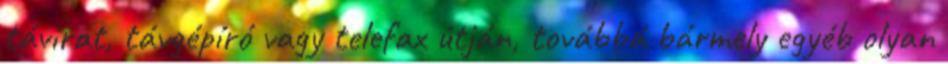
távirat, távgépíró vagy telefax útján, továbbá bármely egyéb olyan